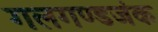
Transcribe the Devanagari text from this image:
गलगण्डजंक